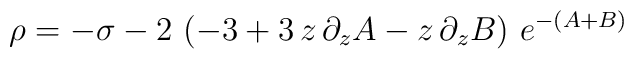
\rho = -\sigma  - 2\,\left( -3 + 3\,z \,\partial_{z} A -      z \, \partial_{z} B \right) \, e^{- ( A + B )}